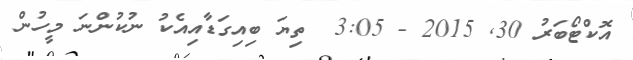
އޮކްޓޯބަރު 30